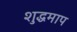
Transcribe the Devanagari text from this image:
शुद्धमाप